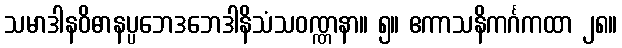
သမာဒါနဝိဓာနပ္ပဘေဒဘေဒါနိသံသဝဏ္ဏနာ။ ၅။ ဧကာသနိကင်္ဂကထာ ၂၈။